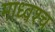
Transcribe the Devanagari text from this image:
माध्वश्च